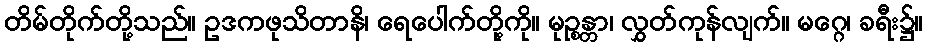
တိမ်တိုက်တို့သည်။ ဥဒကဖုသိတာနိ၊ ရေပေါက်တို့ကို။ မုဉ္စန္တာ၊ လွှတ်ကုန်လျက်။ မဂ္ဂေ၊ ခရီး၌။